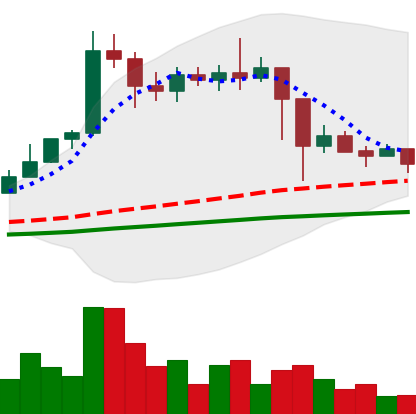
Ticker: ETC-USD
Chart end date: 2021-02-28
Forward return: 6.152%
Label: up_5_7